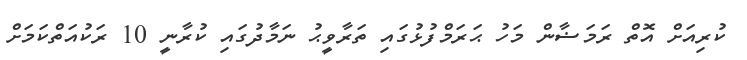
ކުރިއަށް އޮތް ރަމަޟާން މަހު ޙަރަމްފުޅުގައި ތަރާވީޙު ނަމާދުގައި ކުރާނީ 10 ރަކުއަތްކަމަށް